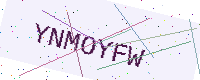
Text: YNMOYFW